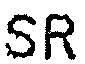
SR